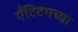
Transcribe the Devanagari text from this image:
ऍंटिटमच्या